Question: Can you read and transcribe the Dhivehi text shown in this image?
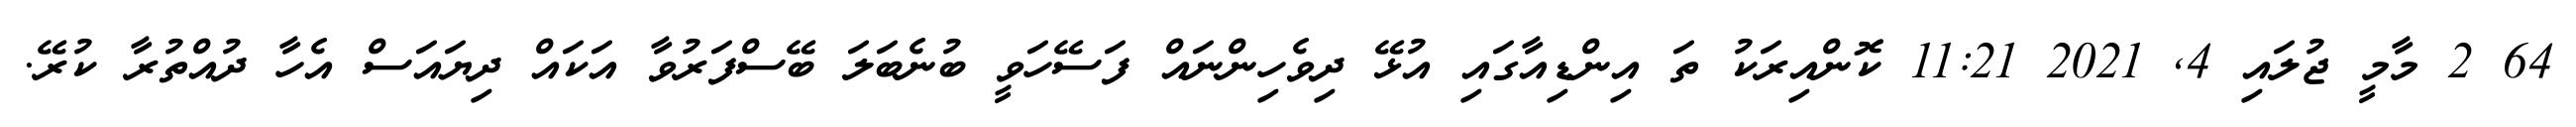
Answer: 64 2 މާމީ ޖުލައި 4, 2021 11:21 ކޮންއިރަކު ތަ އިންޑިއާގައި އުޅޭ ދިވެހިންނައް ފަސޭހަވީ ބުނެބަލަ ބޭސްފަރުވާ އަކައް ދިޔައަސް އެހާ ދުއްތުރާ ކުރޭ.